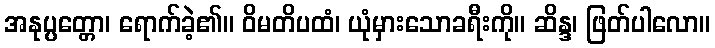
အနုပ္ပတ္တော၊ ရောက်ခဲ့၏။ ဝိမတိပထံ၊ ယုံမှားသောခရီးကို။ ဆိန္ဒ၊ ဖြတ်ပါလော။